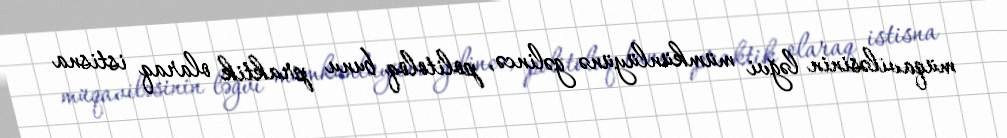
müqaviləsinin ləğvi mümkünlüyünə gəlincə, politoloq bunu praktik olaraq istisna